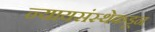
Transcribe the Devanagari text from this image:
न्यायसंस्थेकडून